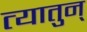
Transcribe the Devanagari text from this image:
त्यातुन्